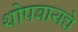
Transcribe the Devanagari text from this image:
थोपवायचे